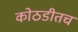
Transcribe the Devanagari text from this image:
कोठडीतच